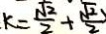
k = \frac { \sqrt { 2 } } { 2 } + \frac { \sqrt { 2 } } { 2 } )